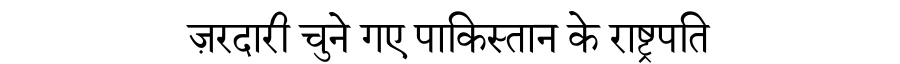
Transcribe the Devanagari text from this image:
ज़रदारी चुने गए पाकिस्तान के राष्ट्रपति